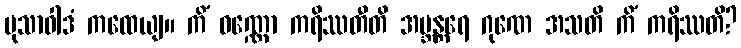
မုသာဝါဒံ ကထေယျ။ ကိံ ဝဏ္ဏော ကရိဿတီတိ အဗ္ဘန္တရေ ဂုဏေ အသတိ ကိံ ကရိဿတိ?